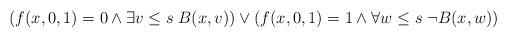
LaTeX: \begin{align*}(f(x, 0, 1)=0 \wedge \exists v \leq s \; B(x, v)) \vee (f(x, 0, 1)=1 \wedge \forall w \leq s \; \neg B(x, w))\end{align*}